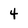
Character: 4